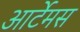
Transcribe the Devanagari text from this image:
आर्टेमस